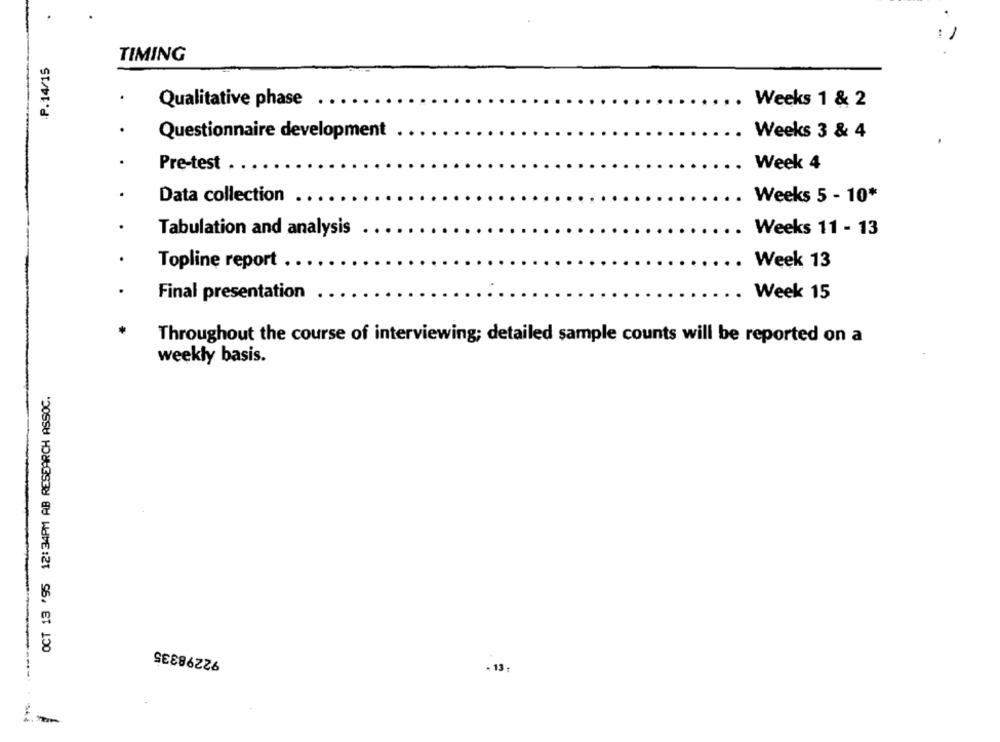
P.14/15
TIMING
Qualitative phase
Weeks 1 & 2
Questionnaire development
. Weeks 3 & 4
Pre-test ..
. Week 4
Data collection
. Weeks 5 - 10*
. Weeks 11 - 13
Tabulation and analysis
Topline report . .
. Week 13
Final presentation
. Week 15
Throughout the course of interviewing; detailed sample counts will be reported on a
weekly basis.
OCT 13 '95 12:34PM AB RESEARCH ASSOC.
92298335
- 13